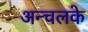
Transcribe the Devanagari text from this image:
अन्चलके